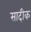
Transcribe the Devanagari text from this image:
सादीक